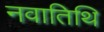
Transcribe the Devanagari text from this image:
नवातिथि